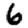
Digit: 6